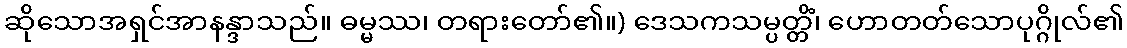
ဆိုသောအရှင်အာနန္ဒာသည်။ ဓမ္မဿ၊ တရားတော်၏။) ဒေသကသမ္ပတ္တိံ၊ ဟောတတ်သောပုဂ္ဂိုလ်၏